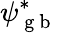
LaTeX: \psi_{\mathrm{~g~b~}}^{*}